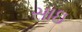
સાઇ